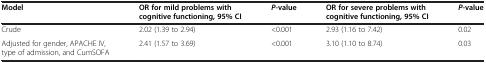
<table><thead><tr><td><b>Model</b></td><td><b>OR for mild problems with cognitive functioning, 95% CI</b></td><td><b><i>P</i>-value</b></td><td><b>OR for severe problems with cognitive functioning, 95% CI</b></td><td><b><i>P</i>-value</b></td></tr></thead><tbody><tr><td>Crude</td><td>2.02 (1.39 to 2.94)</td><td>&lt;0.001</td><td>2.93 (1.16 to 7.42)</td><td>0.02</td></tr><tr><td>Adjusted for gender, APACHE IV, type of admission, and CumSOFA</td><td>2.41 (1.57 to 3.69)</td><td>&lt;0.001</td><td>3.10 (1.10 to 8.74)</td><td>0.03</td></tr></tbody></table>